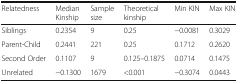
| Relatedness | Median Kinship | Sample size | Theoretical kinship | Min KIN | Max KIN |
 | --- | --- | --- | --- | --- | --- |
 | Siblings | 0.2354 | 9 | 0.25 | −0.0081 | 0.3029 |
 | Parent-Child | 0.2441 | 221 | 0.25 | 0.1712 | 0.2620 |
 | Second Order | 0.1107 | 9 | 0.125–0.1875 | 0.0714 | 0.1475 |
 | Unrelated | −0.1300 | 1679 | <0.001 | −0.3074 | 0.0443 |